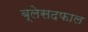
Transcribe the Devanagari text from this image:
ब्लेसदफाल